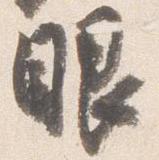
眼